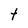
Character: t